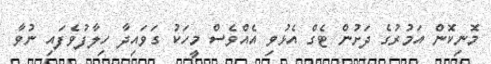
މޮނިކޮން އަމުރުގެ ދަށުން ޓެގް އެޅުވި އެއްވެސް މީހަކު ގަވައިދާ ހިލާފުވެފައި ނުވާ